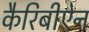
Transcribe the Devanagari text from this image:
कैरिबीऐन